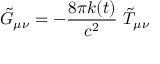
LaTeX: \tilde { G } _ { \mu \nu } = - \frac { 8 \pi k ( t ) } { c ^ { 2 } } \ \tilde { T } _ { \mu \nu }